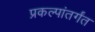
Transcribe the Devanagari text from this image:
प्रकल्पांतर्गंत